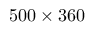
5 0 0 \times 3 6 0